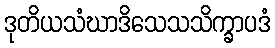
ဒုတိယသံဃာဒိသေသသိက္ခာပဒံ